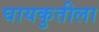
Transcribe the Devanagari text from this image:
घायकुतीला